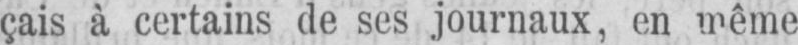
çais à certains de ses journaux, en même